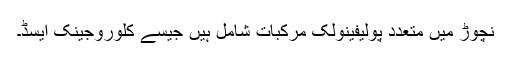
نچوڑ میں متعدد پولیفینولک مرکبات شامل ہیں جیسے کلوروجینک ایسڈ۔